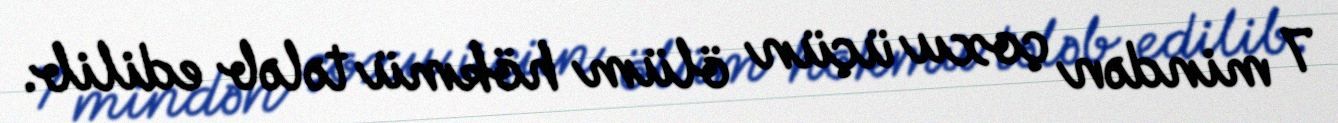
7 mindən çoxu üçün ölüm hökmü tələb edilib.